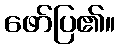
ဖော်ပြ၏။